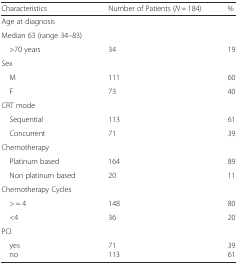
<table><thead><tr><td><b>Characteristics</b></td><td><b>Number of Patients (<i>N</i> = 184)</b></td><td><b>%</b></td></tr></thead><tbody><tr><td>Age at diagnosis</td><td></td><td></td></tr><tr><td>Median 63 (range 34–83)</td><td></td><td></td></tr><tr><td> &gt;70 years</td><td>34</td><td>19</td></tr><tr><td>Sex</td><td></td><td></td></tr><tr><td> M</td><td>111</td><td>60</td></tr><tr><td> F</td><td>73</td><td>40</td></tr><tr><td>CRT mode</td><td></td><td></td></tr><tr><td> Sequential</td><td>113</td><td>61</td></tr><tr><td> Concurrent</td><td>71</td><td>39</td></tr><tr><td>Chemotherapy</td><td></td><td></td></tr><tr><td> Platinum based</td><td>164</td><td>89</td></tr><tr><td> Non platinum based</td><td>20</td><td>11</td></tr><tr><td>Chemotherapy Cycles</td><td></td><td></td></tr><tr><td> &gt; = 4</td><td>148</td><td>80</td></tr><tr><td> &lt;4</td><td>36</td><td>20</td></tr><tr><td>PCI</td><td></td><td></td></tr><tr><td> yes no</td><td>71113</td><td>3961</td></tr></tbody></table>